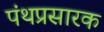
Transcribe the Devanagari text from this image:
पंथप्रसारक